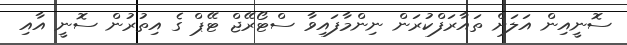
ސޮނީއިން އަލަށް ތައާރަފްކުރަން ނިންމާފައިވާ ސްޓޯރޭޖް ޓޭޕް ގެ އިތުރުން ސޮނީ އާއި